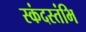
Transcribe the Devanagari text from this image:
स्कंदस्तंभि